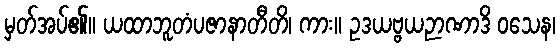
မှတ်အပ်၏။ ယထာဘူတံပဇာနာတီတိ၊ ကား။ ဥဒယဗ္ဗယဉာဏာဒိ ဝသေန၊